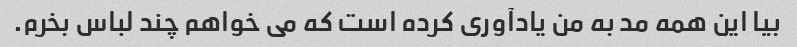
بیا این همه مد به من یادآوری کرده است که می خواهم چند لباس بخرم.